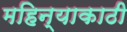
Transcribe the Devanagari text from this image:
महिन्याकाठी